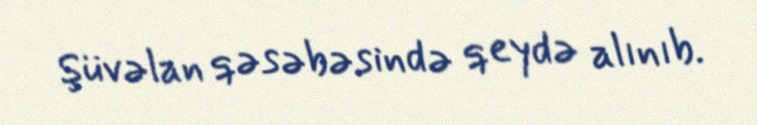
Şüvəlan qəsəbəsində qeydə alınıb.